Report on sanitation, dispensaries, and jails in Rajputana for 1921, and on vaccination for the year 1921-1922 - 1921-1922
Year: 1921
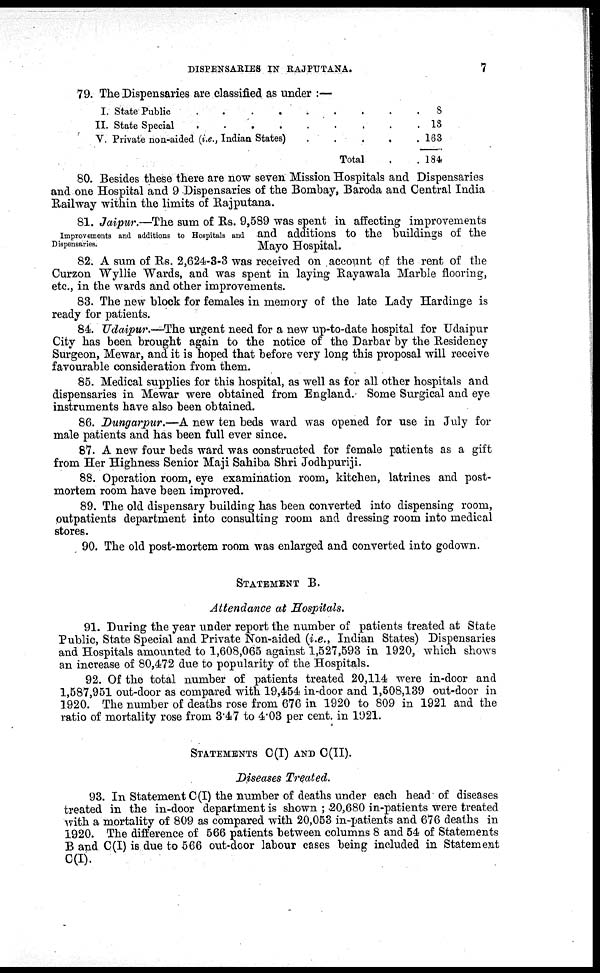
DISPENSARIES IN RAJPUTANA.
7
79. The Dispensaries are classified as under :—
I.
II.
V.
State Public
State
Special.........
Private non-aided (i.e., Indian States).....
Total..
8
13
163
184
80. Besides these there are now seven Mission Hospitals and Dispensaries
and one Hospital and 9 Dispensaries of the Bombay, Baroda and Central India
Railway within the limits of Rajputana.
Improvements and additions to Hospitals and
Dispensaries.
81. Jaipur.—The sum of Rs. 9,589 was spent in affecting improvements
and additions to the buildings of the
Mayo Hospital.
82. A sum of Rs. 2,624-3-3 was received on account of the rent of the
Curzon Wyllie Wards, and was spent in laying Rayawala Marble flooring,
etc., in the wards and other improvements.
83. The new block for females in memory of the late Lady Hardinge is
ready for patients.
84. Udaipur.—The urgent need for a new up-to-date hospital for Udaipur
City has been brought again to the notice of the Darbar by the Residency
Surgeon, Mewar, and it is hoped that before very long this proposal will receive
favourable consideration from them.
85. Medical supplies for this hospital, as well as for all other hospitals and
dispensaries in Mewar were obtained from England. Some Surgical and eye
instruments have also been obtained.
86. Dungarpur.—A new ten beds ward was opened for use in July for
male patients and has been full ever since.
87. A new four beds ward was constructed for female patients as a gift
from Her Highness Senior Maji Sahiba Shri Jodhpuriji.
88. Operation room, eye examination room, kitchen, latrines and post-
mortem room have been improved.
89. The old dispensary building has been converted into dispensing room,
outpatients department into consulting room and dressing room into medical
stores.
90. The old post-mortem room was enlarged and converted into godown.
STATEMENT B.
Attendance at Hospitals.
91. During the year under report the number of patients treated at State
Public, State Special and Private Non-aided (i.e., Indian States) Dispensaries
and Hospitals amounted to 1,608,065 against 1,527,593 in 1920, which shows
an increase of 80,472 due to popularity of the Hospitals.
92. Of the total number of patients treated 20,114 were in-door and
1,587,951 out-door as compared with 19,454 in-door and 1,508,139 out-door in
1920. The number of deaths rose from 676 in 1920 to 809 in 1921 and the
ratio of mortality rose from 3.47 to 4.03 per cent. in 1921.
STATEMENTS C(I) AND C(II).
Diseases Treated.
93. In Statement C (I) the number of deaths under each head of diseases
treated in the in-door department is shown ; 20,680 in-patients were treated
with a mortality of 809 as compared with 20,053 in-patients and 676 deaths in
1920. The difference of 566 patients between columns 8 and 54 of Statements
B and C(I) is due to 566 out-door labour cases being included in Statement
C(I).